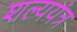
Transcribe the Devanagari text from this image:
शल्ययंत्र